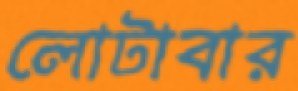
লোটাবার